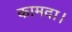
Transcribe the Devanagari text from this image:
कामदा।